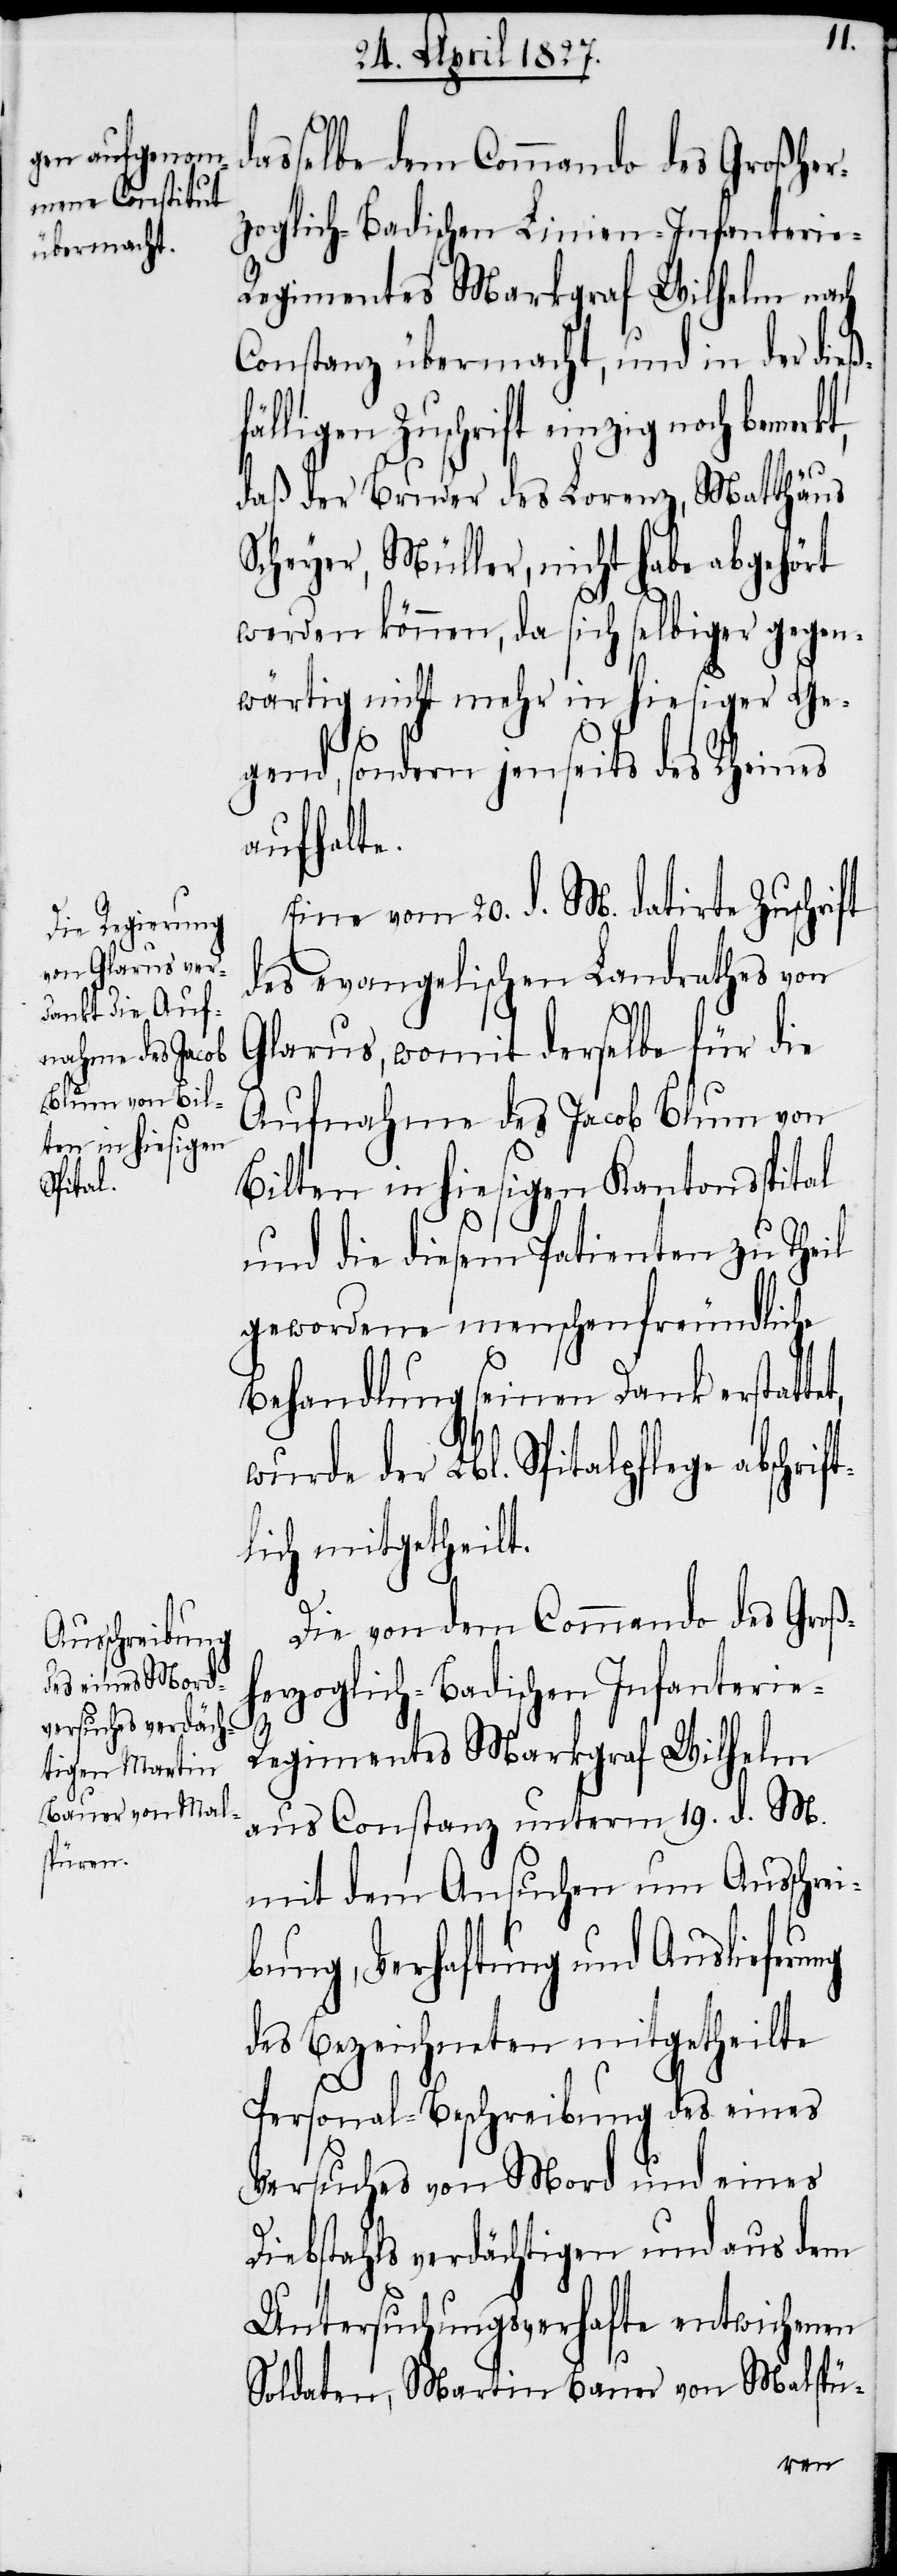
asselbe dem Commando des Großher¬
zoglich Badischen Linien-Infanterie-R¬
egimentes Markgraf Wilhelm nach
Constanz übermacht, und in der dieß¬
lligen Zuschrift einzig noch
daß der Bruder des Lorenz, Matthäus
Scheyer, Müller, nicht habe abgehört
werden können, da sich selbiger gegen¬
wärtig nicht mehr in hiesiger Ge¬
t,
gend, sondern jenseits des Rheines
aufhalte.
Eine vom 20. d. M. datirte Zuschrift
des evangelischen Landrathes von
Glarus, womit derselbe für die
Aufnahme des Jacob Blum von
Bilten in hiesigen Kantonsspital
und die diesem Patienten zu Theil
gewordene menschenfreundliche
Behandlung seinen Dank erstatte¬
wurde der Lbl. Spitalpflege abschri¬
tlich mitgetheilt.
f¬
Die von dem Commando des Groß¬
herzoglich-Badischen Infanterie-R¬
egimentes Markgraf Wilhelm
aus Constanz unterm 19. d. M.
mit dem Ansuchen um Ausschrei¬
bung, Verhaftung und Auslieferung
des Bezeichneten mitgetheilte
Personal-Beschreibung des eines
Versuches von Mord und eines
Diebstahls verdächtigen und aus dem
Untersuchungsverhafte entwichenen
Soldaten, Martin Bauer von Malspü-